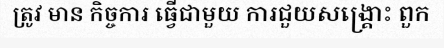
ត្រូវ មាន កិច្ចការ ធ្វើជាមួយ ការជួយសង្គ្រោះ ពួក